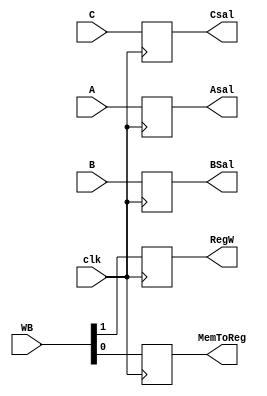
`timescale 1ns/1ns

module Buf4(
	input clk,
	input [1:0]WB,
	input [31:0]A,
	input [31:0]B,
	input [4:0]C,
	output reg RegW,
	output reg MemToReg,
	output reg [31:0]Asal,
	output reg [31:0]BSal,
	output reg [4:0]Csal
);

initial 
begin	
	RegW = 1'd0;
	MemToReg = 1'd0;
	Asal = 32'd0;
	BSal = 32'd0;
	Csal = 5'd0;
end

always @(posedge clk)                                                                                               
begin 
	RegW = WB[1];
	MemToReg = WB[0];
	Asal = A;
	BSal = B;
	Csal = C;
end

endmodule